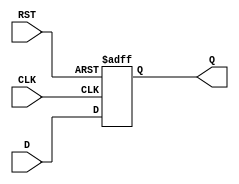
module intermediate_register #(
    parameter WIDTH = 8 // Define the size of the register (in bits)
)(
    input  wire [WIDTH-1:0] D,  // Data input
    input  wire CLK,             // Clock signal
    input  wire RST,             // Reset signal
    output reg  [WIDTH-1:0] Q    // Data output
);

// Sequential logic for the register
always @(posedge CLK or posedge RST) begin
    if (RST) begin
        Q <= {WIDTH{1'b0}}; // Clear the register to zero on reset
    end else begin
        Q <= D;             // Capture data on the rising edge of the clock
    end
end

endmodule